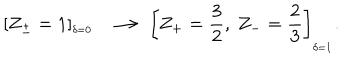
\left[ Z _ { \pm } = 1 \right] _ { ^ { _ { _ { \delta = 0 } } } } \ \ \longrightarrow \, \left[ Z _ { + } = \frac { 3 } { 2 } , \ Z _ { - } = \frac { 2 } { 3 } \right] _ { _ { \delta = 1 } } .